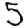
Digit: 5